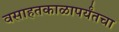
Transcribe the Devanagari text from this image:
वसाहतकाळापर्यंतचा